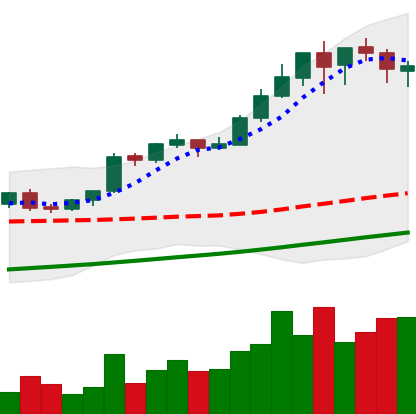
Ticker: BTC-USD
Chart end date: 2017-08-19
Forward return: 3.362%
Label: up_3_5